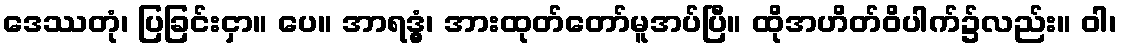
ဒေဿတုံ၊ ပြခြင်းငှာ။ ပေ။ အာရဒ္ဓွံ၊ အားထုတ်တော်မူအပ်ပြီ။ ထိုအဟိတ်ဝိပါက်၌လည်း။ ဝါ၊